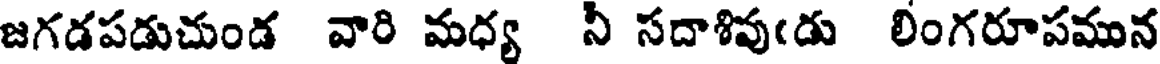
జగడపడుచుండ వారి మధ్య నీ సదాశివుఁదు లింగరూపమున